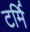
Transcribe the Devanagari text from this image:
टर्मि